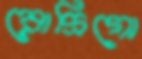
রোদ্রিগো